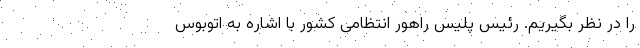
را در نظر بگیریم. رئیس پلیس راهور انتظامی کشور با اشاره به اتوبوس